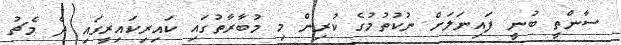
ސާންތީ ބުނީ ފައިނަލަށް ނުކުތުމުގެ ކުރިން މި މުބާރާތުގައި ކައިރިކައިރީގައި ދެ މެޗު